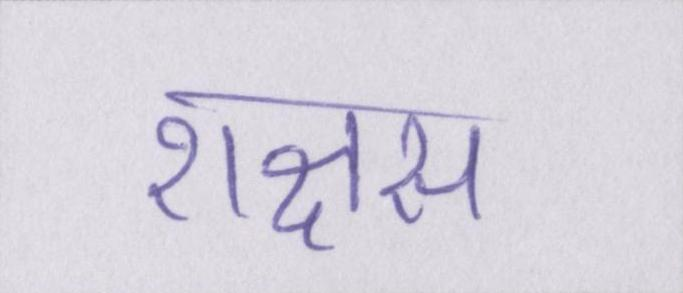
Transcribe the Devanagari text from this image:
राक्षस